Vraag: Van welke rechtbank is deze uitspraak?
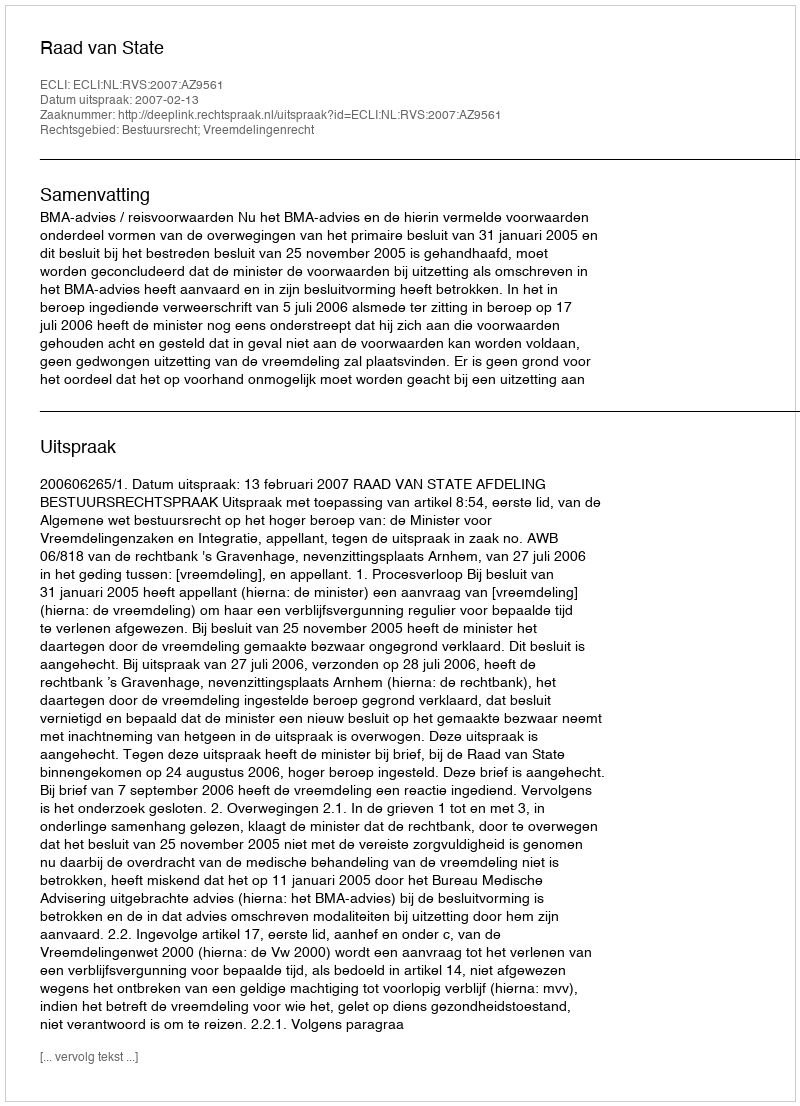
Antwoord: Raad van State